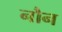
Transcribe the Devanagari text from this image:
नौन